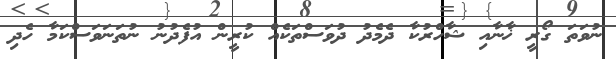
ނުވަތަ ގޯރީ ޚާނާއި ޝާހްރުކާ ދެމެދު ދުވަސްތަކެއް ކުރީން އުފެދުނު ނުތަނަވަސްކަމާ ހެދި